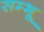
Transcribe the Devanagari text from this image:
सम्भू